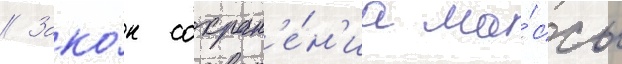
// Зако́н сохран'е́н'иа ма́ссы